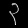
Digit: ၃